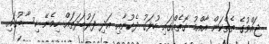
ޖައްވުގެ ތެތްކަން އާއްމު ގޮތެއްގައި ހުޅަގު ދެކުނާއި އަދި ފަރުބަދަތައް ހިމެނޭ ހިސާބުގައި